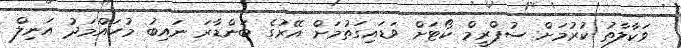
ވަކާލާތު ކުރުމަށް ސުޕްރީމް ކޯޓަށް ވަޑައިގަތުމަށް އޭރުގެ ބަންޑާރަ ނައިބު މުހައްމަދު އަނިލް